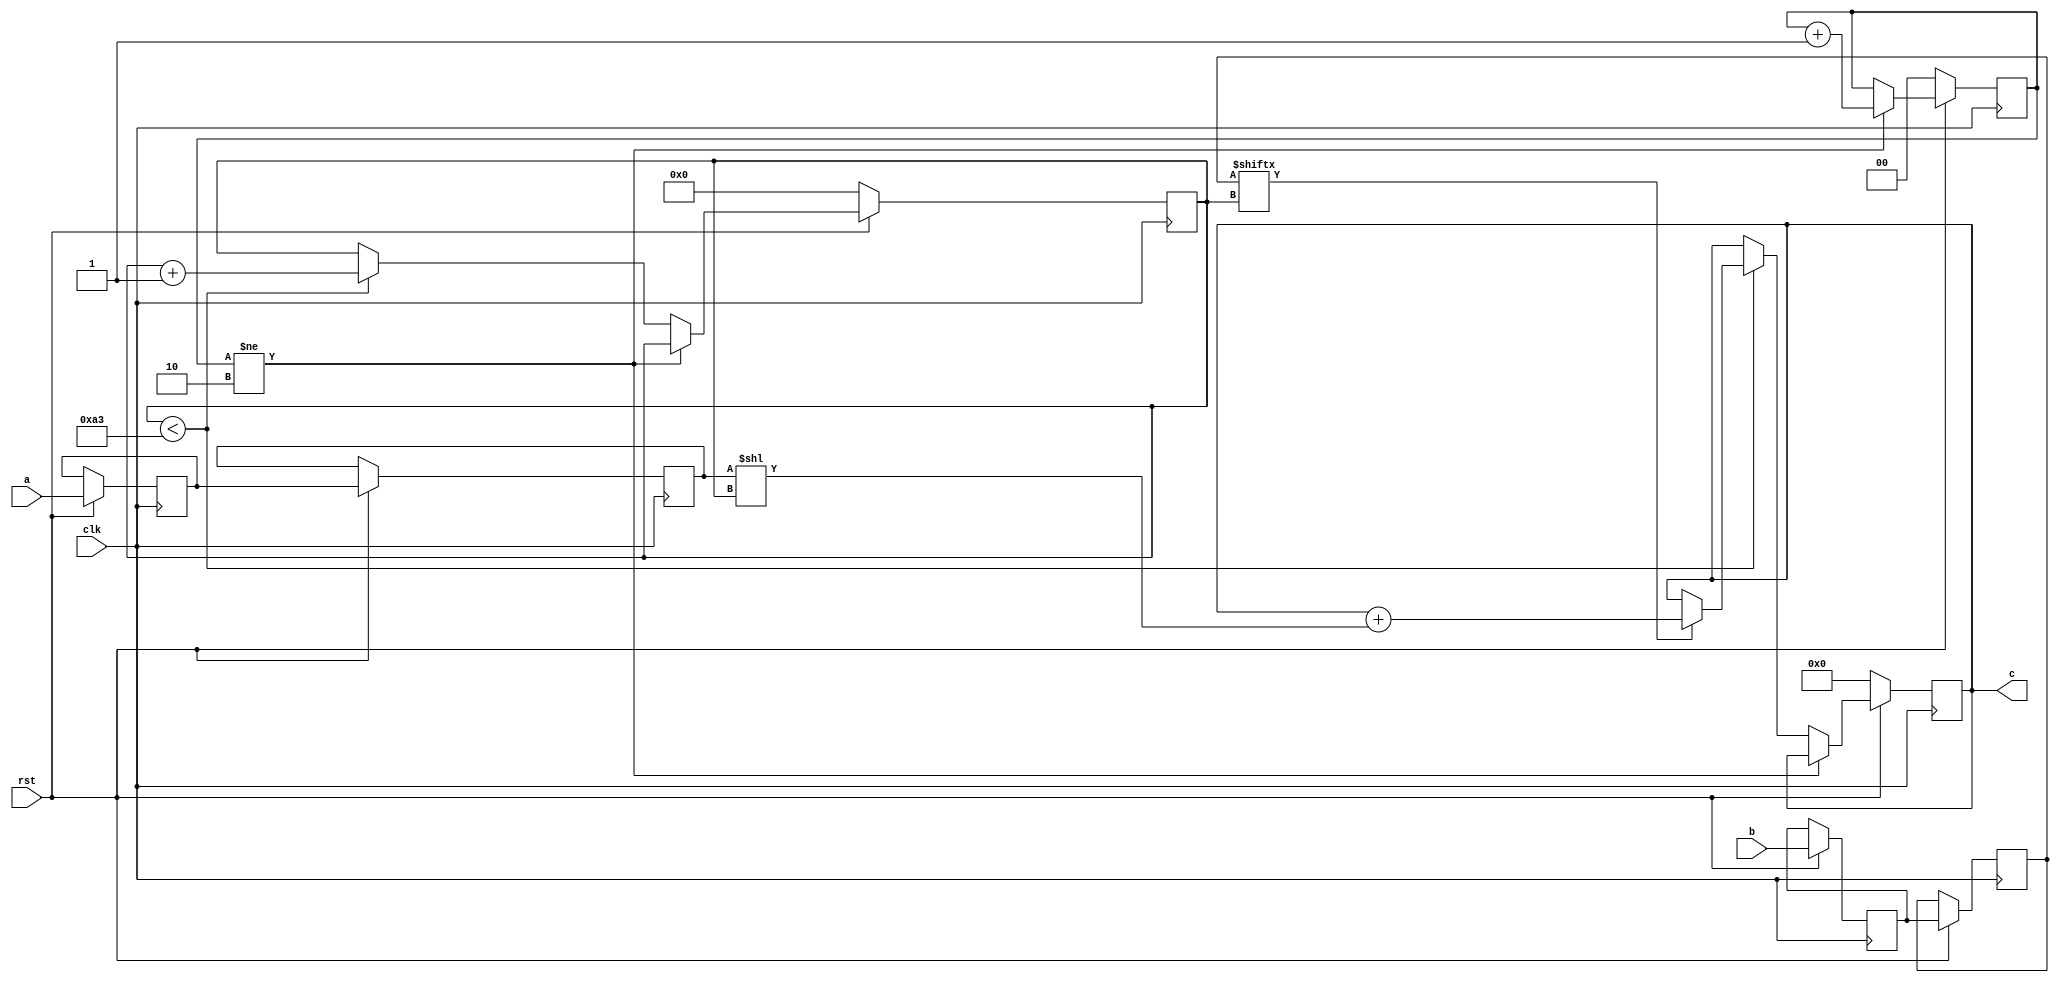
// TalTech large integer multiplier library
// Multiplier type: schoolbook
// Parameters: 163 163 3
// Target tool: genus
module schoolbook(clk, rst, a, b, c);
input clk;
input rst;
input [162:0] a;
input [162:0] b;
output reg [325:0] c;

reg [162:0] a_temp_2;
reg [162:0] b_temp_2;
reg [162:0] a_temp_1;
reg [162:0] b_temp_1;

reg  [7:0] count;
reg  [1:0] skip;

always @(posedge clk) begin
	if (rst == 1'b0) begin
		c <= 326'd0;
		count <= 8'd0;
		skip <= 2'd0;
	end
	else begin
		a_temp_1 <= a;
		b_temp_1 <= b;
		a_temp_2 <= a_temp_1;
		b_temp_2 <= b_temp_1;
		if (skip != 2) skip <= skip + 1;
		else begin
			if (count < 163) begin
				if (b_temp_2[count] == 1) begin
					c <= c + (a_temp_2 << count);
				end
				count <= count + 1;
			end
		end
	end
end
endmodule